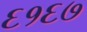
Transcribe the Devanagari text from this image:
६१६७